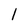
Character: l